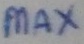
Text: max